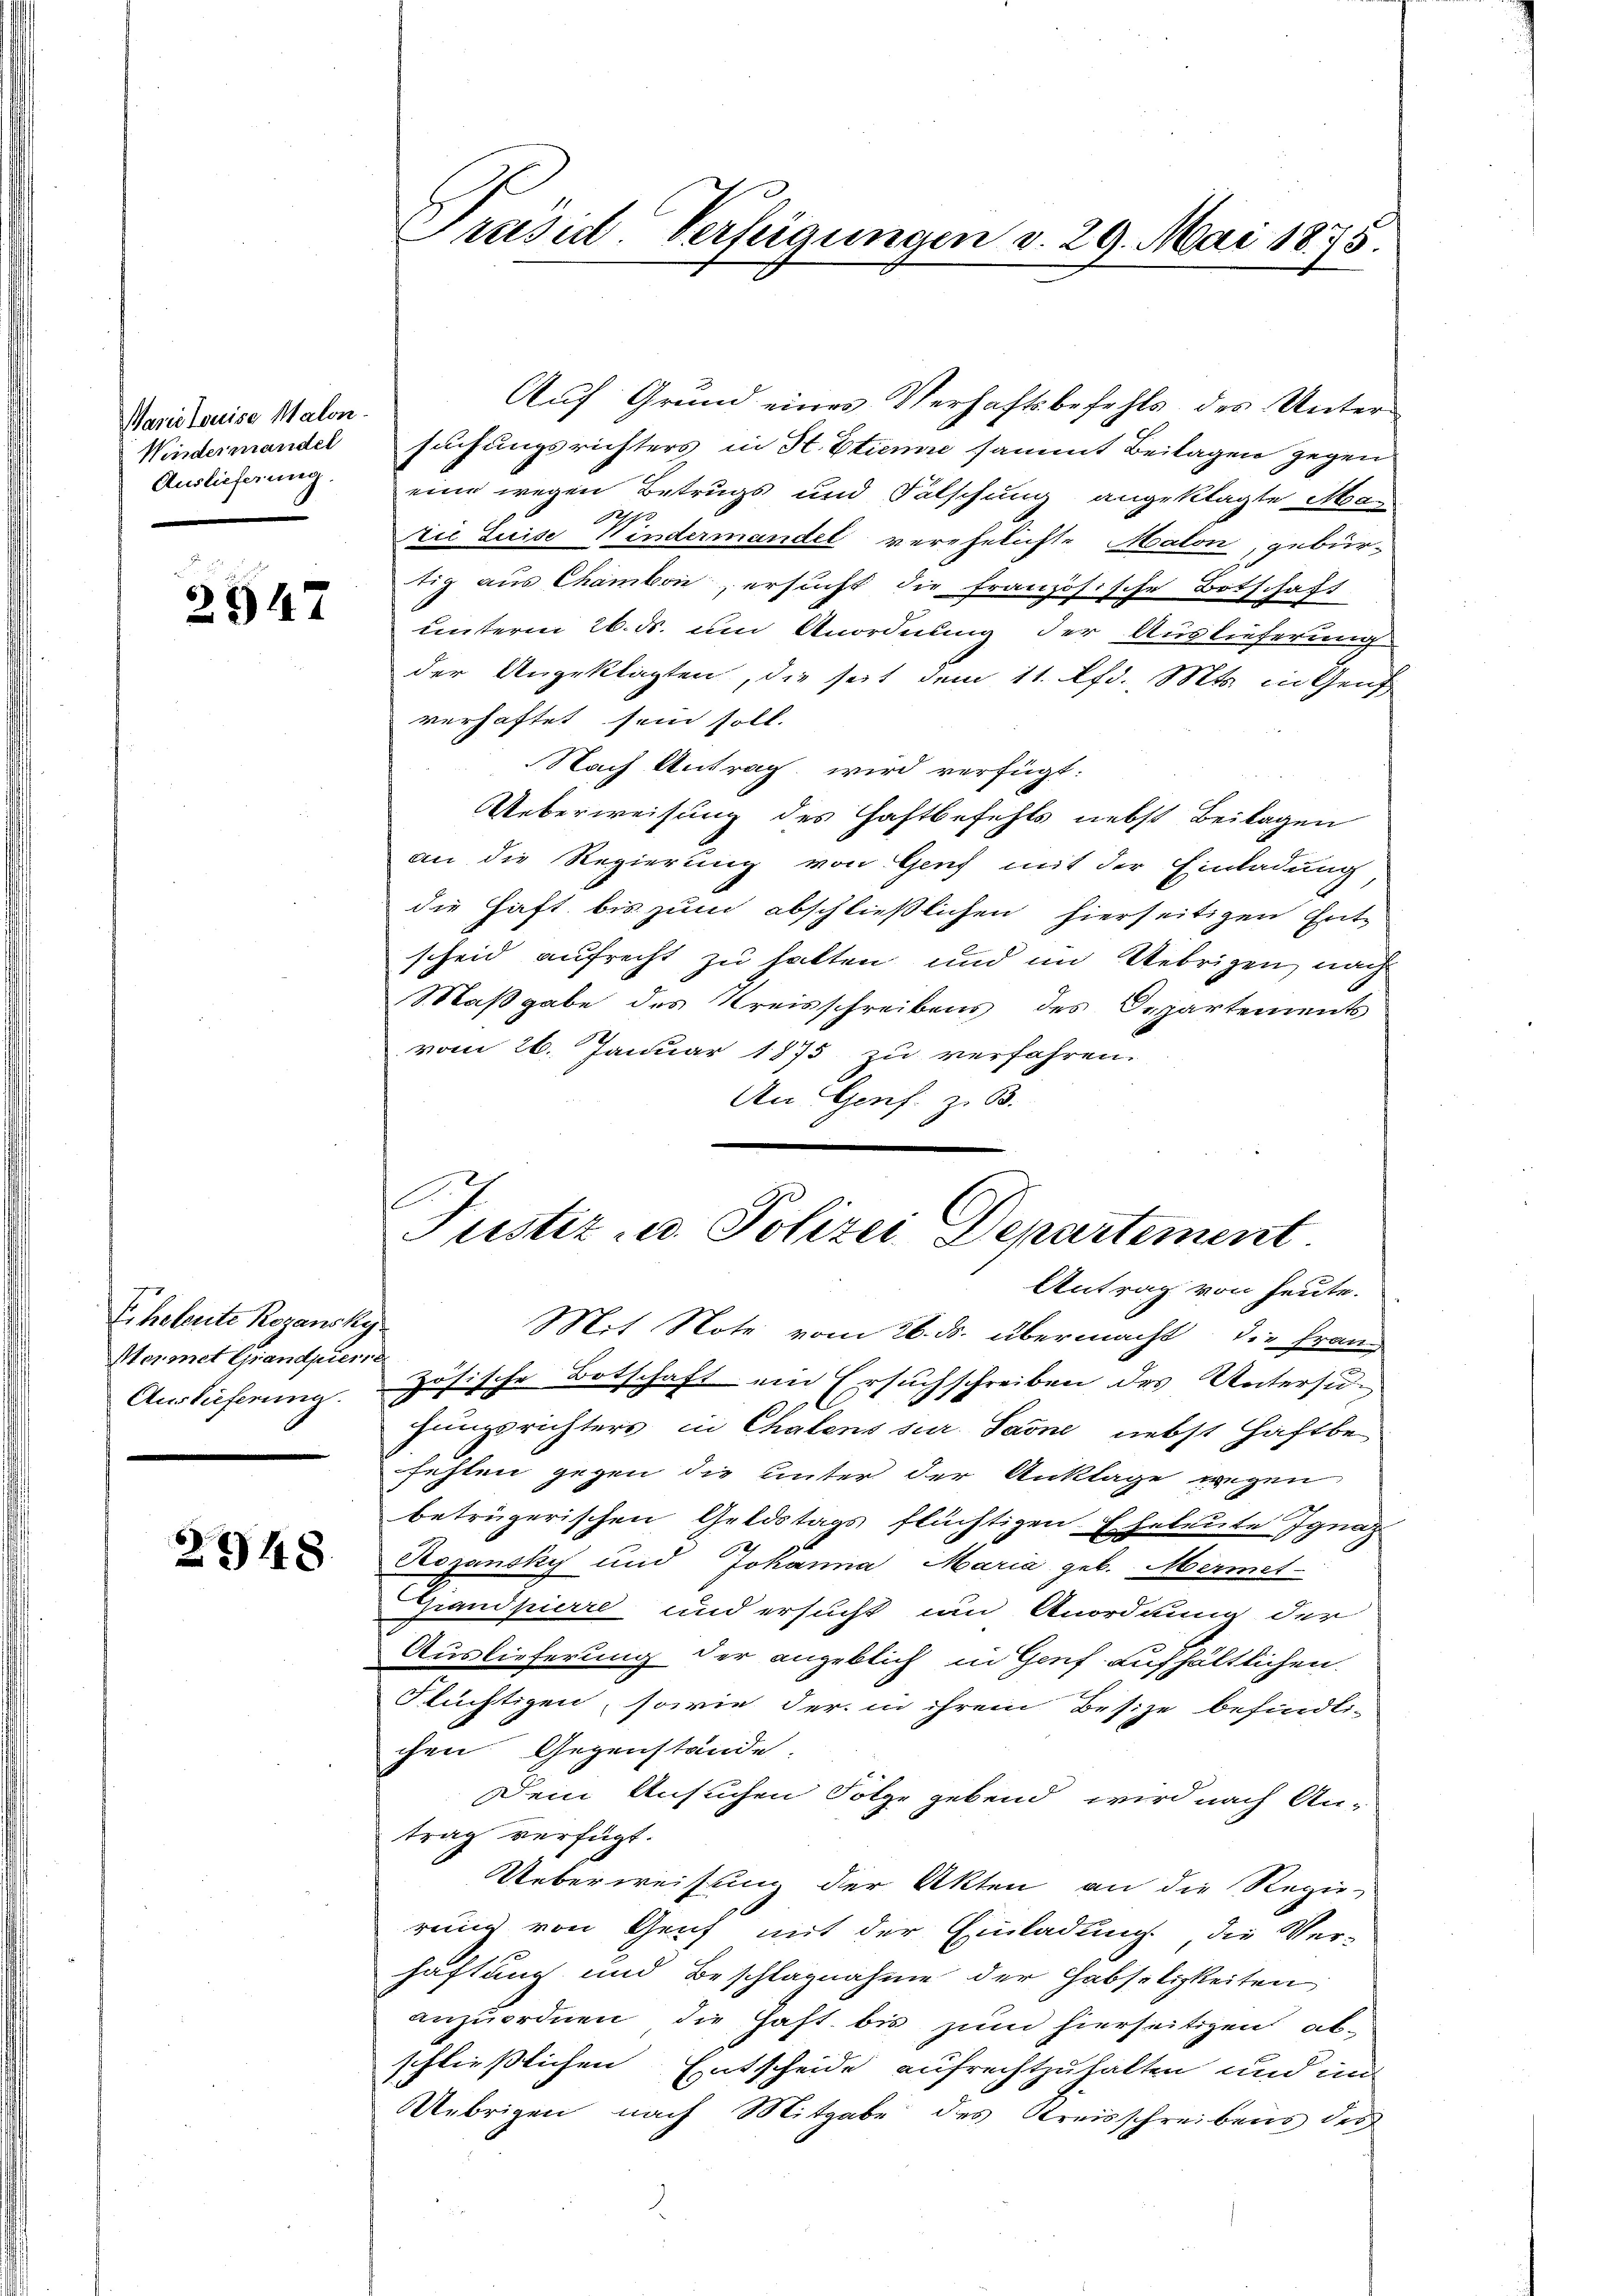
Warie Louise Malon.
Kindermandel
Auslieferung.

2947

Erholente Rozansky
Meimet Grandpier.
Auslieferung.
n

2948.

Präsid. Verfügungen d. 29. Mai 1875.

Auf Grund eines Verhaftsbefehls des Unter-
suchungsrichters in St. Etienne sammt Beilagen gegen
eine wegen Betrugs und Falschung angeklagte Ma-
9.
zie Luise Windermandel verehelichte Malon, gebür-
tig aus Chambon, ersucht die französische Botschaft
unterm 26. ds. um Anordnung der Auslieferung
der Angeklagten, die seit dem 11. lfd. Mts. in Genf
verhaftet sein soll.
Nach Antrag wird verfügt:
Ueberweisung des Haftbefehls nebst Beilagen
an die Regierung von Genf mit der Einladung
die Haft bis zum abschließlichen hierseitigen Entscheid aufrecht zu hatten und im Uebrigen, nach
Maßgabe des Kreisschreibens des Departements
vom 26. Januar 1875 zu verfahren.
An Genf. z. B.
Antrag von heute.
Mit Note vom 26. ds. übermacht, die Fran
zösische Botschaft ein Ersuchschreiben des Untersuhungsrichters in Chalens sur Sarne nebst Haftbe
fehlen gegen die unter der Anklage wegen
betrügerischen Geldstags flüchtigen. Eheleute Ignaz
Rezansky und Johanna Maria geb. Mermet-
Grandpierre und ersucht um Anordnung der
Auslieferung der angeblich in Genf aufhältlichen
Flüchtigen, sowie der in ihrem Besize befindli-
chen Gegenstände.
Dem Ansuchen Folge gebend, wird nach An-
trag verfügt:
Ueberweisung der Akten an die Regie-
rung von Genf mit der Einladung die Ver-
haftung und Beschlagnahme der Habseligkeiten
anzuordnen, die Haft bis zum hierseitigen abschließlichen Entscheide aufrechtzuhalten und unt
Übrigen nach Mitgabe des Kreisschreibens des
2

l
Justiz- u. Polizei Departement